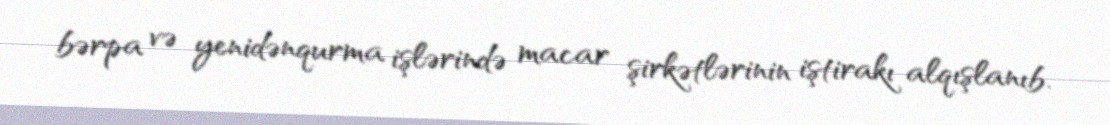
bərpa və yenidənqurma işlərində macar şirkətlərinin iştirakı alqışlanıb.